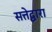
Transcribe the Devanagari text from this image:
सत्तेद्वारा